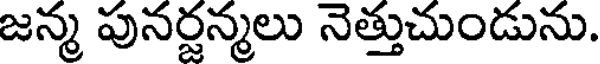
జన్మ పునర్జన్మలు నెత్తుచుండును.